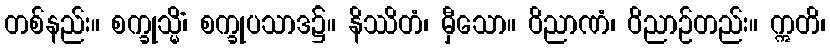
တစ်နည်း။ စက္ခုသ္မိံ၊ စက္ခုပသာဒ၌။ နိဿိတံ၊ မှီသော။ ဝိညာဏံ၊ ဝိညာဉ်တည်း။ ဣတိ၊